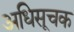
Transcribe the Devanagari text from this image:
अधिसूचक